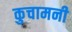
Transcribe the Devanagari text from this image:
कुचामनी